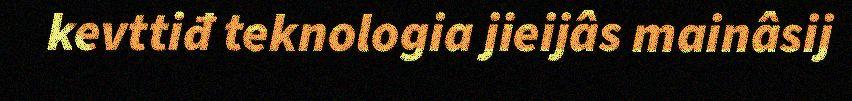
kevttiđ teknologia jieijâs mainâsij